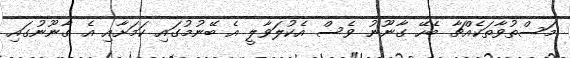
މަސްތުވާތަކެއްޗާ ބެހޭ ގާނޫނު ވެސް އެކުލަވާލީ އެ ބޭނުމުގައި ކަމަށާއި އެ ގާނޫނުގައި